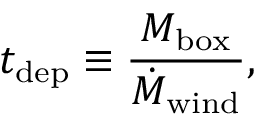
t _ { \mathrm { d e p } } \equiv \frac { M _ { \mathrm { b o x } } } { \dot { M } _ { \mathrm { w i n d } } } ,